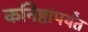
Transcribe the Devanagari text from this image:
कनिष्ठांपर्यंत